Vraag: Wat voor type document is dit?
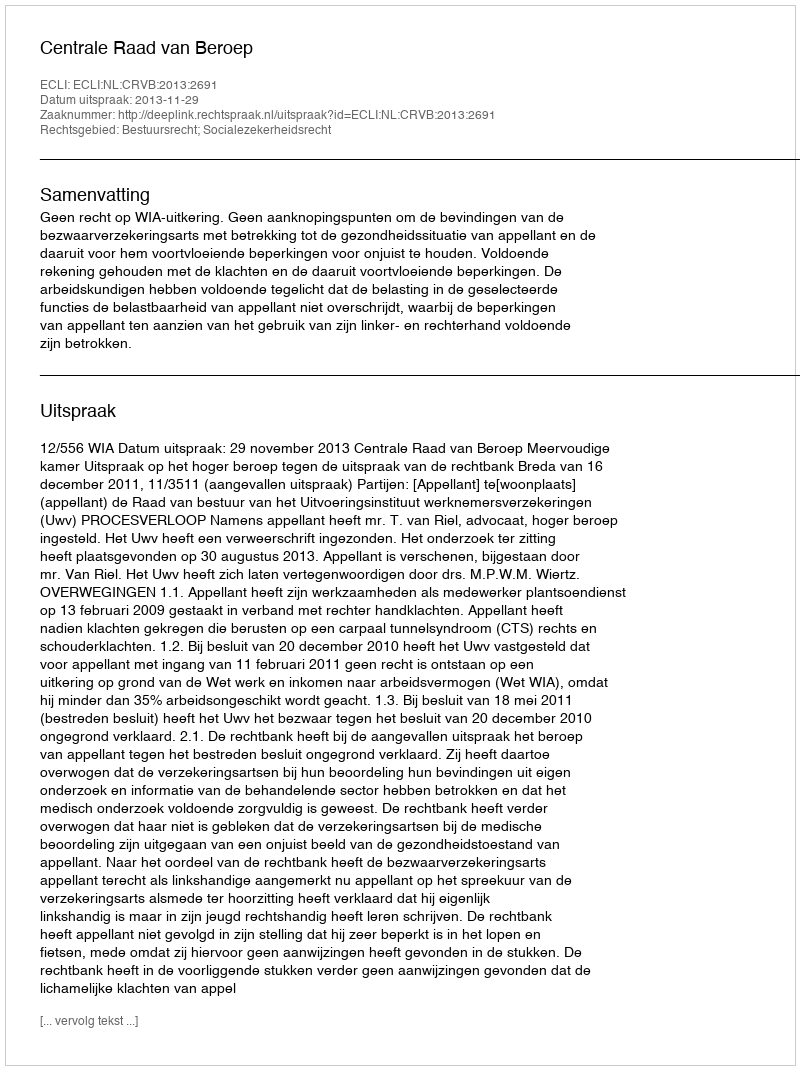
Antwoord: Uitspraak